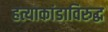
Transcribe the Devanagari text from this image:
हत्याकांडाविरुद्ध